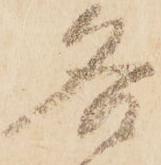
各